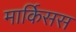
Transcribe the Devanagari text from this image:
मार्किसस